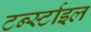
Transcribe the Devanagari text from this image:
टर्न्स्टाइल